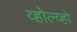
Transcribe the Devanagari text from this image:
व्होल्व्हो